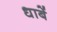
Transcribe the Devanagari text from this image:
धाबें